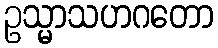
ဥသ္မာသဟဂတော